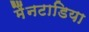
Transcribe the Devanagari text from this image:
मैंनटाडिया